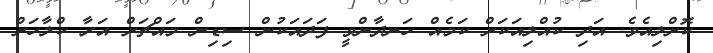
ކޮށްލިއެވެ. އަދި ކުއްލިއަކަށް ކަމެއް ހަނދާންވީ ފަދައަކުން ސިޑިން މައްޗަށް އަރާ ކްލާހަށް